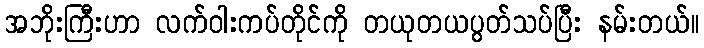
အဘိုးကြီးဟာ လက်ဝါးကပ်တိုင်ကို တယုတယပွတ်သပ်ပြီး နမ်းတယ်။